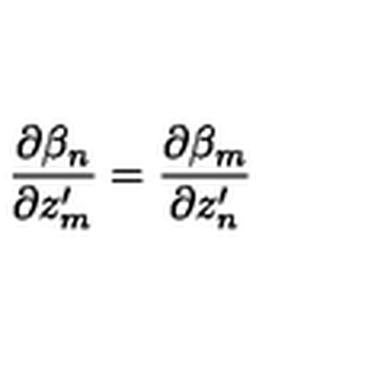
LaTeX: \frac { \partial \beta _ { n } } { \partial z _ { m } ^ { \prime } } = \frac { \partial \beta _ { m } } { \partial z _ { n } ^ { \prime } }